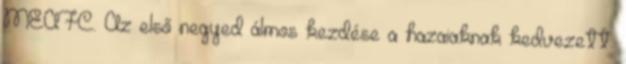
MEAFC. Az első negyed álmos kezdése a hazaiaknak kedvezett.